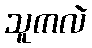
သူကလဲ